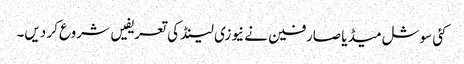
کئی سوشل میڈیا صارفین نے نیوزی لینڈ کی تعریفیں شروع کر دیں۔